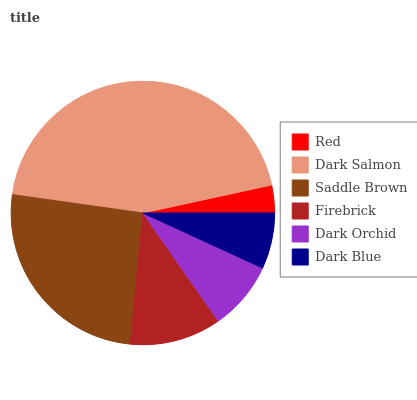
| Red | Dark Salmon | Saddle Brown | Firebrick | Dark Orchid | Dark Blue |
 | --- | --- | --- | --- | --- | --- |
 | 3.41% | 44.4% | 25.6% | 11.2% | 8.46% | 6.85% |